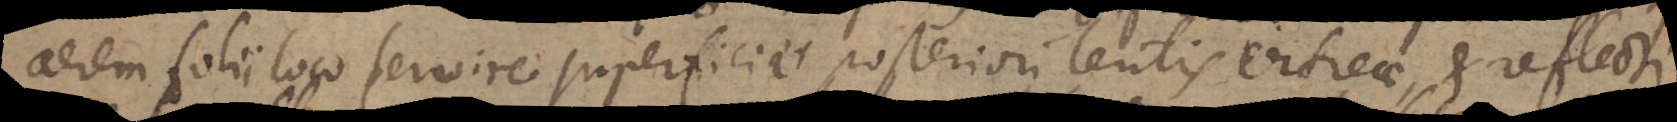
aerem folii loco servire superficiei posteriori lentis vitreae, et reflecti